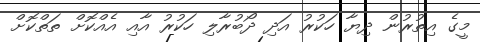
މީގެ އިތުރުން ދިޔާ ހަކުރު އަދި ދޯބުރާލި ހަކުރު އާއި އެއްކޮށް ތަތްކޮށް